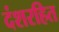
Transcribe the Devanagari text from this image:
दंशरहित